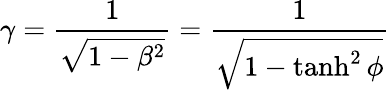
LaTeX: \gamma={\frac{1}{\sqrt{1-\beta^{2}}}}={\frac{1}{\sqrt{1-\operatorname{tanh}^{2}\phi}}}